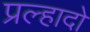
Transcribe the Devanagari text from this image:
प्रल्हादो